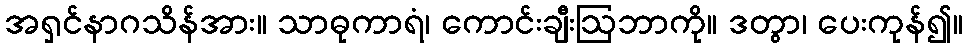
အရှင်နာဂသိန်အား။ သာဓုကာရံ၊ ကောင်းချီးဩဘာကို။ ဒတွာ၊ ပေးကုန်၍။